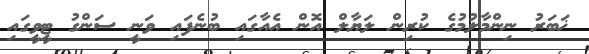
ޚަބަރު ނިންމާލުމުގެ ކުރިން ލަޔާލް އޮން އެއާގައި ބުނެފައި ވަނީ ސަންގު ޓީވީގައި